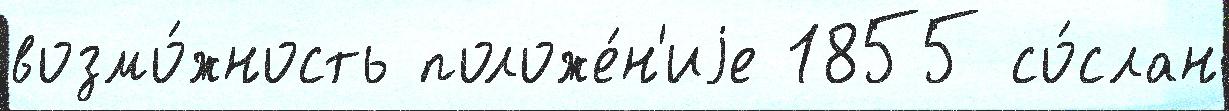
возмо́жность положе́н'иjе 1855 со́слан